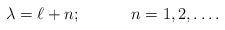
LaTeX: \begin{align*}\lambda=\ell+n; \hspace{.5in}n=1,2,\dots .\end{align*}